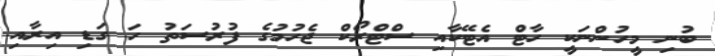
ބުނި މީހުންނަކީ ހާޓް އެޓޭކާއި ސްޓްރޯކް ޖެހުމުގެ ފުރުސަތު ހަ ގަޑި އިރާއި